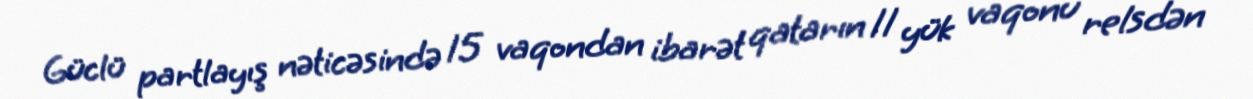
Güclü partlayış nəticəsində 15 vaqondan ibarət qatarın 11 yük vaqonu relsdən